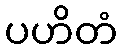
ပဟိတံ